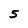
Character: 5